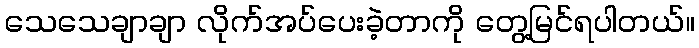
သေသေချာချာ လိုက်အပ်ပေးခဲ့တာကို တွေ့မြင်ရပါတယ်။